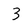
Character: 3